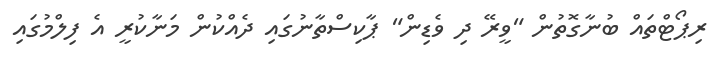
ރިޕޯޓްތައް ބުނާގޮތުން "ވީރޭ ދި ވެޑިން" ޕާކިސްތާނުގައި ދެއްކުން މަނާކުރީ އެ ފިލްމުގައި